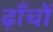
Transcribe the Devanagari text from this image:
ढ़ाँचों